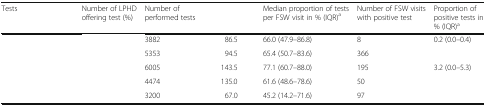
<table><thead><tr><td><b>Tests</b></td><td><b>Number of LPHD offering test (%)</b></td><td><b>Number of performed tests</b></td><td>[EMPTY_CELL]</td><td><b>Median proportion of tests per FSW visit in % (IQR)<sup>a</sup></b></td><td><b>Number of FSW visits with positive test</b></td><td><b>Proportion of positive tests in % (IQR)<sup>a</sup></b></td></tr></thead><tbody><tr><td>[EMPTY_CELL]</td><td>[EMPTY_CELL]</td><td>3882</td><td>86.5</td><td>66.0 (47.9–86.8)</td><td>8</td><td>0.2 (0.0–0.4)</td></tr><tr><td>[EMPTY_CELL]</td><td>[EMPTY_CELL]</td><td>5353</td><td>94.5</td><td>65.4 (50.7–83.6)</td><td>366</td><td>[EMPTY_CELL]</td></tr><tr><td>[EMPTY_CELL]</td><td>[EMPTY_CELL]</td><td>6005</td><td>143.5</td><td>77.1 (60.7–88.0)</td><td>195</td><td>3.2 (0.0–5.3)</td></tr><tr><td>[EMPTY_CELL]</td><td>[EMPTY_CELL]</td><td>4474</td><td>135.0</td><td>61.6 (48.6–78.6)</td><td>50</td><td>[EMPTY_CELL]</td></tr><tr><td>[EMPTY_CELL]</td><td>[EMPTY_CELL]</td><td>3200</td><td>67.0</td><td>45.2 (14.2–71.6)</td><td>97</td><td>[EMPTY_CELL]</td></tr></tbody></table>